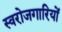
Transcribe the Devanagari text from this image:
स्वरोजगारियों